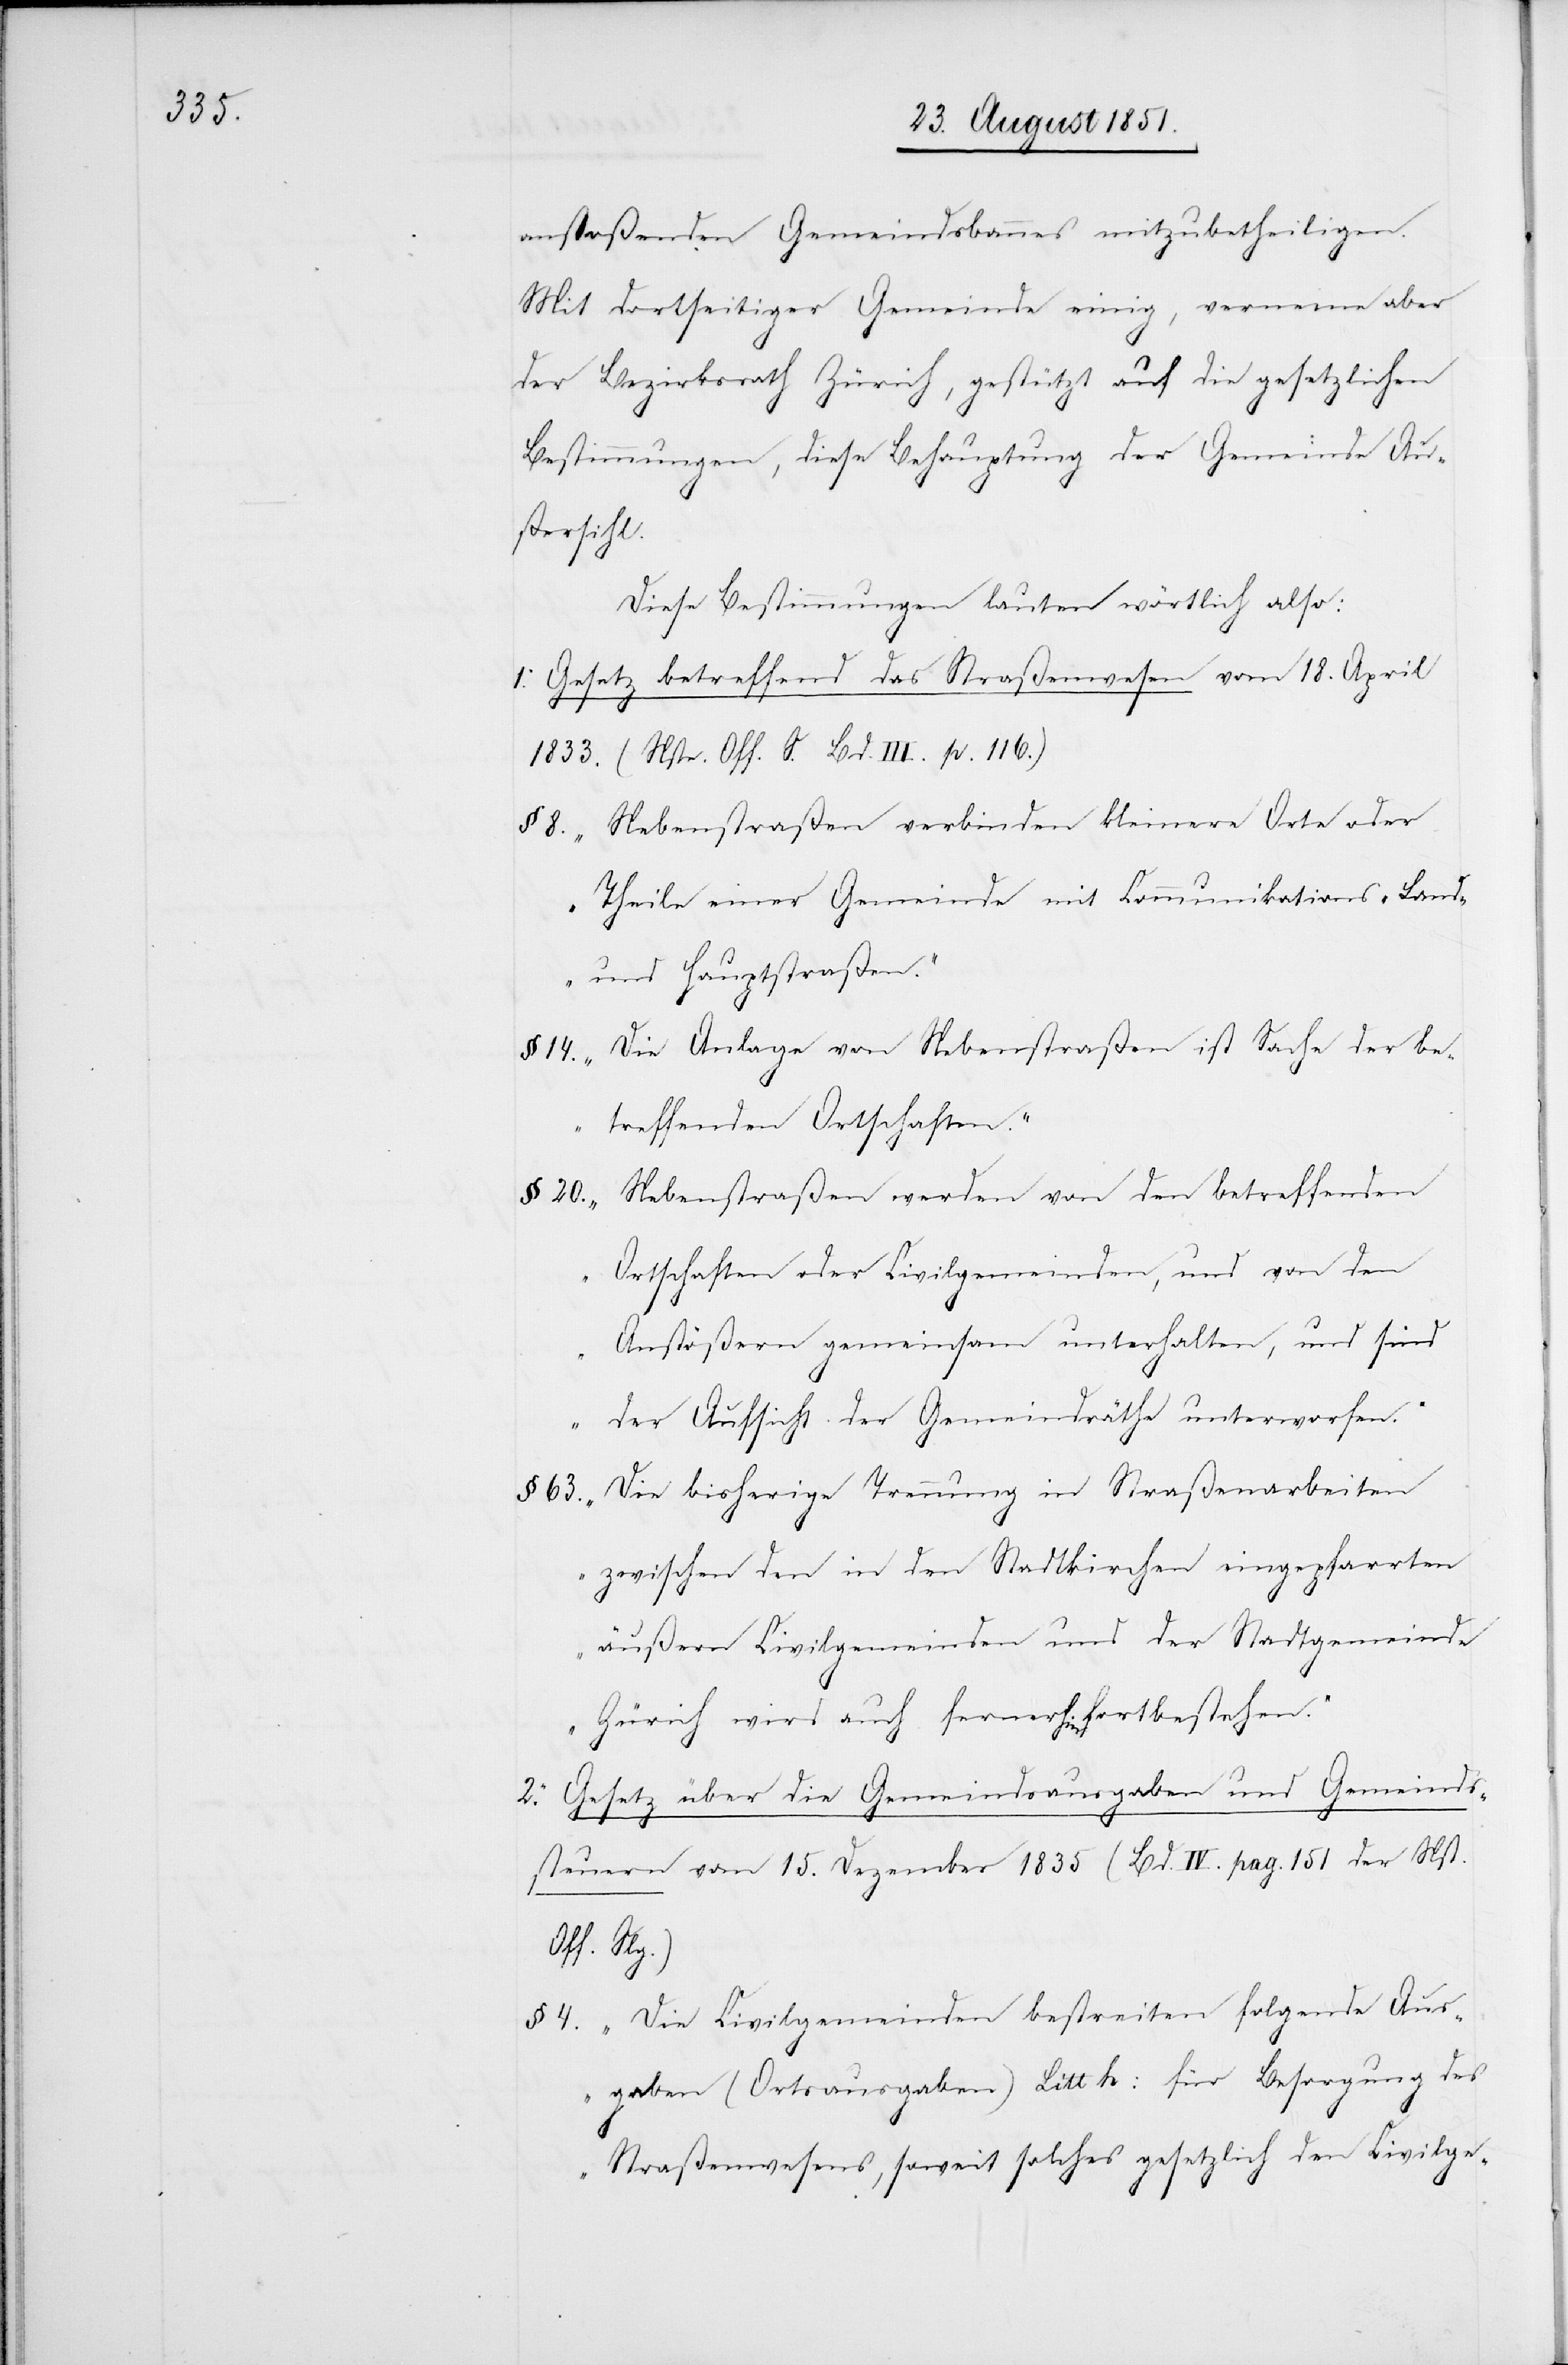
anstoßenden Gemeindsbannes mitzubetheiligen.
Mit dortseitiger Gemeinde einig, verneine aber
der Bezirksrath Zürich, gestützt auf die gesetzlichen
Bestimmungen, diese Behauptung der Gemeinde Au¬
ßersihl.
Diese Bestimmungen lauten wörtlich also:
Gesetz betreffend das Straßenwesen vom 18. April
1833. (Nste. Off. S. Bd. III. p. 116.)
„Nebenstraßen verbinden kleinere Orte oder
Theile einer Gemeinde mit Communikations-[,] Land-
und Hauptstraßen.“
„Die Anlage von Nebenstraßen ist Sache der be¬
treffenden Ortschaften.“
§ 20.
„Nebenstraßen werden von den betreffenden
Ortschaften oder Civilgemeinden, und von den
Anstößern gemeinsam unterhalten, und sind
der Aufsicht der Gemeindräthe unterworfen.“
„Die bisherige Trennung in Straßenarbeiten
§ 63.
4.
zwischen den in den Stadtkirchen eingepfarrten
äußern Civilgemeinden und der Stadtgemeinde
Zürich wird auch fernerhin fortbestehen.“
Gesetz über die Gemeindsausgaben und Gemeinds¬
steuern vom 15. Dezember 1835 (Bd. IV. pag. 151 der Nst.
Off. Slg.)
„Die Civilgemeinden bestreiten folgende Aus¬
gaben (Ortsausgaben) Litt h: für Besorgung des
Straßenwesens, soweit solches gesetzlich den Civilge-